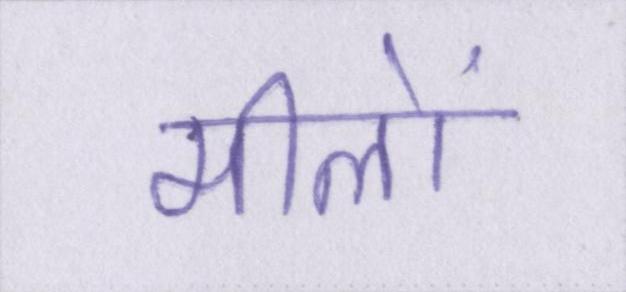
मीलों